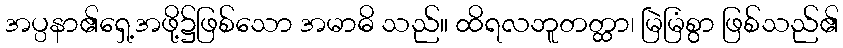
အပ္ပနာ၏ရှေ့အဖို့၌ဖြစ်သော အမာဓိ သည်။ ထိရလဘူတတ္ထာ၊ မြဲမြံစွာ ဖြစ်သည်၏